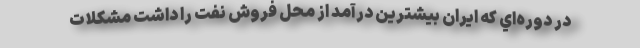
در دوره‌اي كه ايران بيشترين درآمد از محل فروش نفت را داشت مشكلات